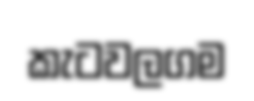
කැටවලගම